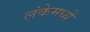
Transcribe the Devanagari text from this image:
लंकेमध्ये